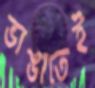
ভাঙাতেই